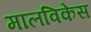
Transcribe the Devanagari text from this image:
मालविकेस